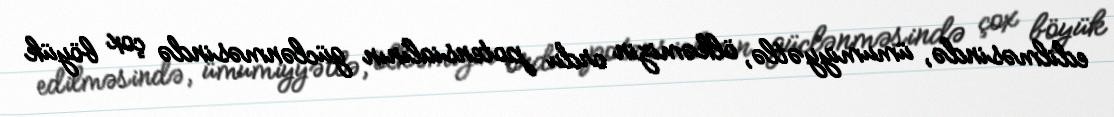
edilməsində, ümumiyyətlə, ölkəmizin ordu potensialının güclənməsində çox böyük